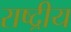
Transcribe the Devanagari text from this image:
राष्द्रीय